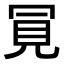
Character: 𧠊